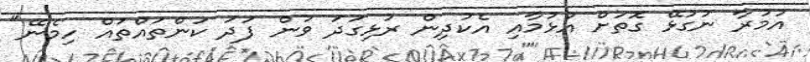
އުމުރާ ނުގުޅޭ ގޮތަށް އުޅުމާއި އެކުދިން ރުޅިގަދަ ވުން ފަދަ ކަންތައްތައް ހިމެނޭ"